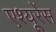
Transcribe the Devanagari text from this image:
एश्यूरेंस